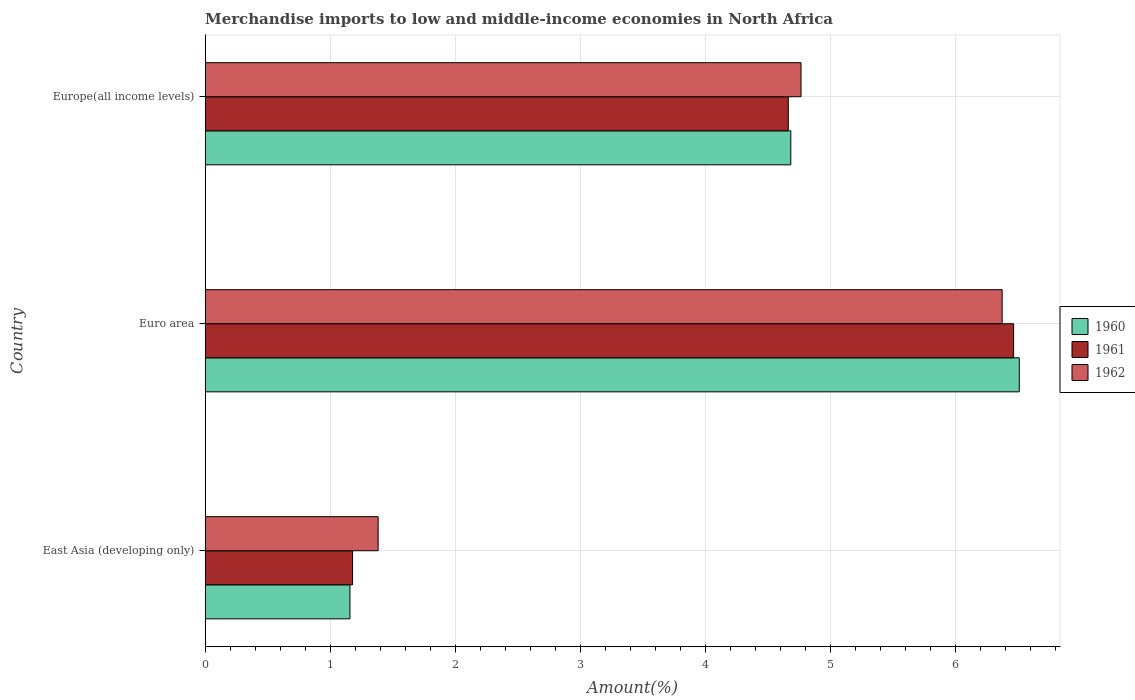
| Country | 1960 | 1961 | 1962 |
 | --- | --- | --- | --- |
 | East Asia (developing only) | 1.16 | 1.18 | 1.38 |
 | Euro area | 6.51 | 6.46 | 6.37 |
 | Europe(all income levels) | 4.68 | 4.66 | 4.76 |